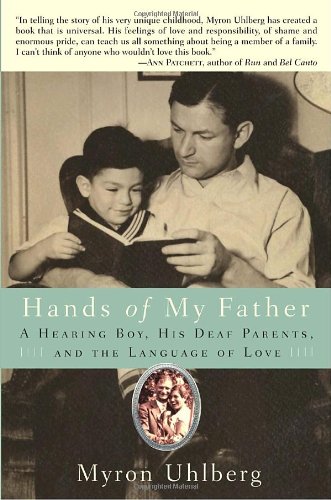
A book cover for Hands of My Father: A Hearing Boy, His Deaf Parents, and the Language of Love; Myron Uhlberg; Health, Fitness & Dieting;